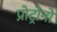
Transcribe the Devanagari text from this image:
प्रोट्रोनों